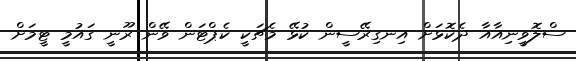
ސްލޮވީނިއާއާ ދެކޮޅަށް އިނގިރޭސީން ކުޅޭ މެޗަކީ ކެޕްޓަން ވޭން ރޫނީ ގައުމީ ޓީމަށް